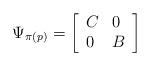
LaTeX: \begin{align*}\Psi_{\pi(p)}=\left[\begin{array}{ll}C &0\\0&B\end{array}\right]\end{align*}